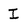
Character: I